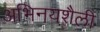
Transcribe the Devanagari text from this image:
अभिनयशैली